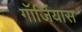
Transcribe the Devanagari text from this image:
गॉर्जियास